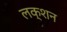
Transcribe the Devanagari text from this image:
लक्शन